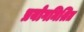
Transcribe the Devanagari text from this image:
प्रयोगमिश्रित